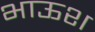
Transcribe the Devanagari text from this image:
भाऊश